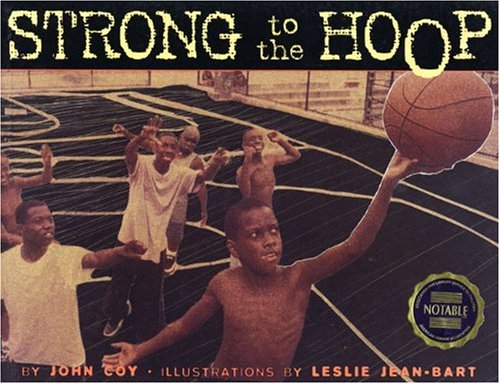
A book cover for Strong to the Hoop; John Coy; Children's Books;